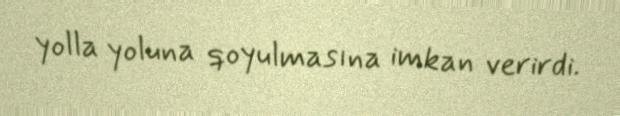
yolla yoluna qoyulmasına imkan verirdi.